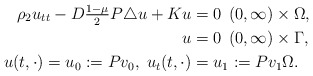
\begin{align*}\rho_{2} u_{tt} - D \tfrac{1 - \mu}{2} P \triangle u + K u &= 0 \;\, (0, \infty) \times \Omega, \\u &= 0 \;\, (0, \infty) \times \Gamma, \\u(t, \cdot) = u_{0} := P v_{0}, \; u_{t}(t, \cdot) &= u_{1} := P v_{1} \Omega. \end{align*}